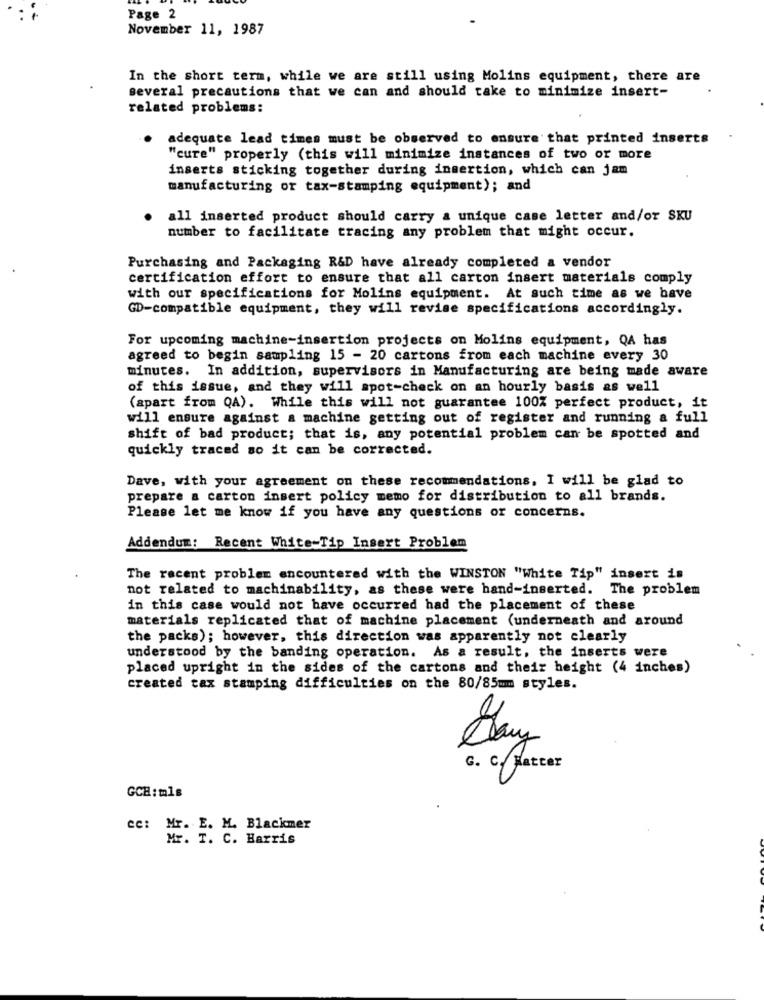
Page 2
November 11, 1987
In the short term, while we are still using Molins equipment, there are
several precautions that we can and should take to minimize insert-
related problems:
adequate lead times must be observed to ensure that printed inserts
"cure" properly (this will minimize instances of two or more
inserts sticking together during insertion, which can jam
manufacturing or tax-stamping equipment); and
all inserted product should carry a unique case letter and/or SKU
number to facilitate tracing any problem that might occur.
Purchasing and Packaging R&D have already completed a vendor
certification effort to ensure that all carton insert materials comply
with our specifications for Molins equipment. At such time as we have
GD-compatible equipment, they will revise specifications accordingly.
For upcoming machine-insertion projects on Molins equipment, QA has
agreed to begin sampling 15 - 20 cartons from each machine every 30
minutes. In addition, supervisors in Manufacturing are being made aware
of this issue, and they will spot-check on an hourly basis as well
(apart from QA). While this will not guarantee 100% perfect product, it
will ensure against a machine getting out of register and running a full
shift of bad product; that is, any potential problem can be spotted and
quickly traced so it can be corrected.
Dave, with your agreement on these recommendations, I will be glad to
prepare a carton insert policy memo for distribution to all brands.
Please let me know if you have any questions or concerns.
Addendum: Recent White-Tip Insert Problem
The recent problem encountered with the WINSTON "White Tip" insert is
not related to machinability, as these were hand-inserted. The problem
in this case would not have occurred had the placement of these
materials replicated that of machine placement (underneath and around
the packs); however, this direction was apparently not clearly
understood by the banding operation. As a result, the inserts were
placed upright in the sides of the cartons and their height (4 inches)
created tax stamping difficulties on the 80/85mm styles.
c. C. Fatter
GCH:mls
CC: Mr. E. M. Blackmer
Mr. T. C. Harris